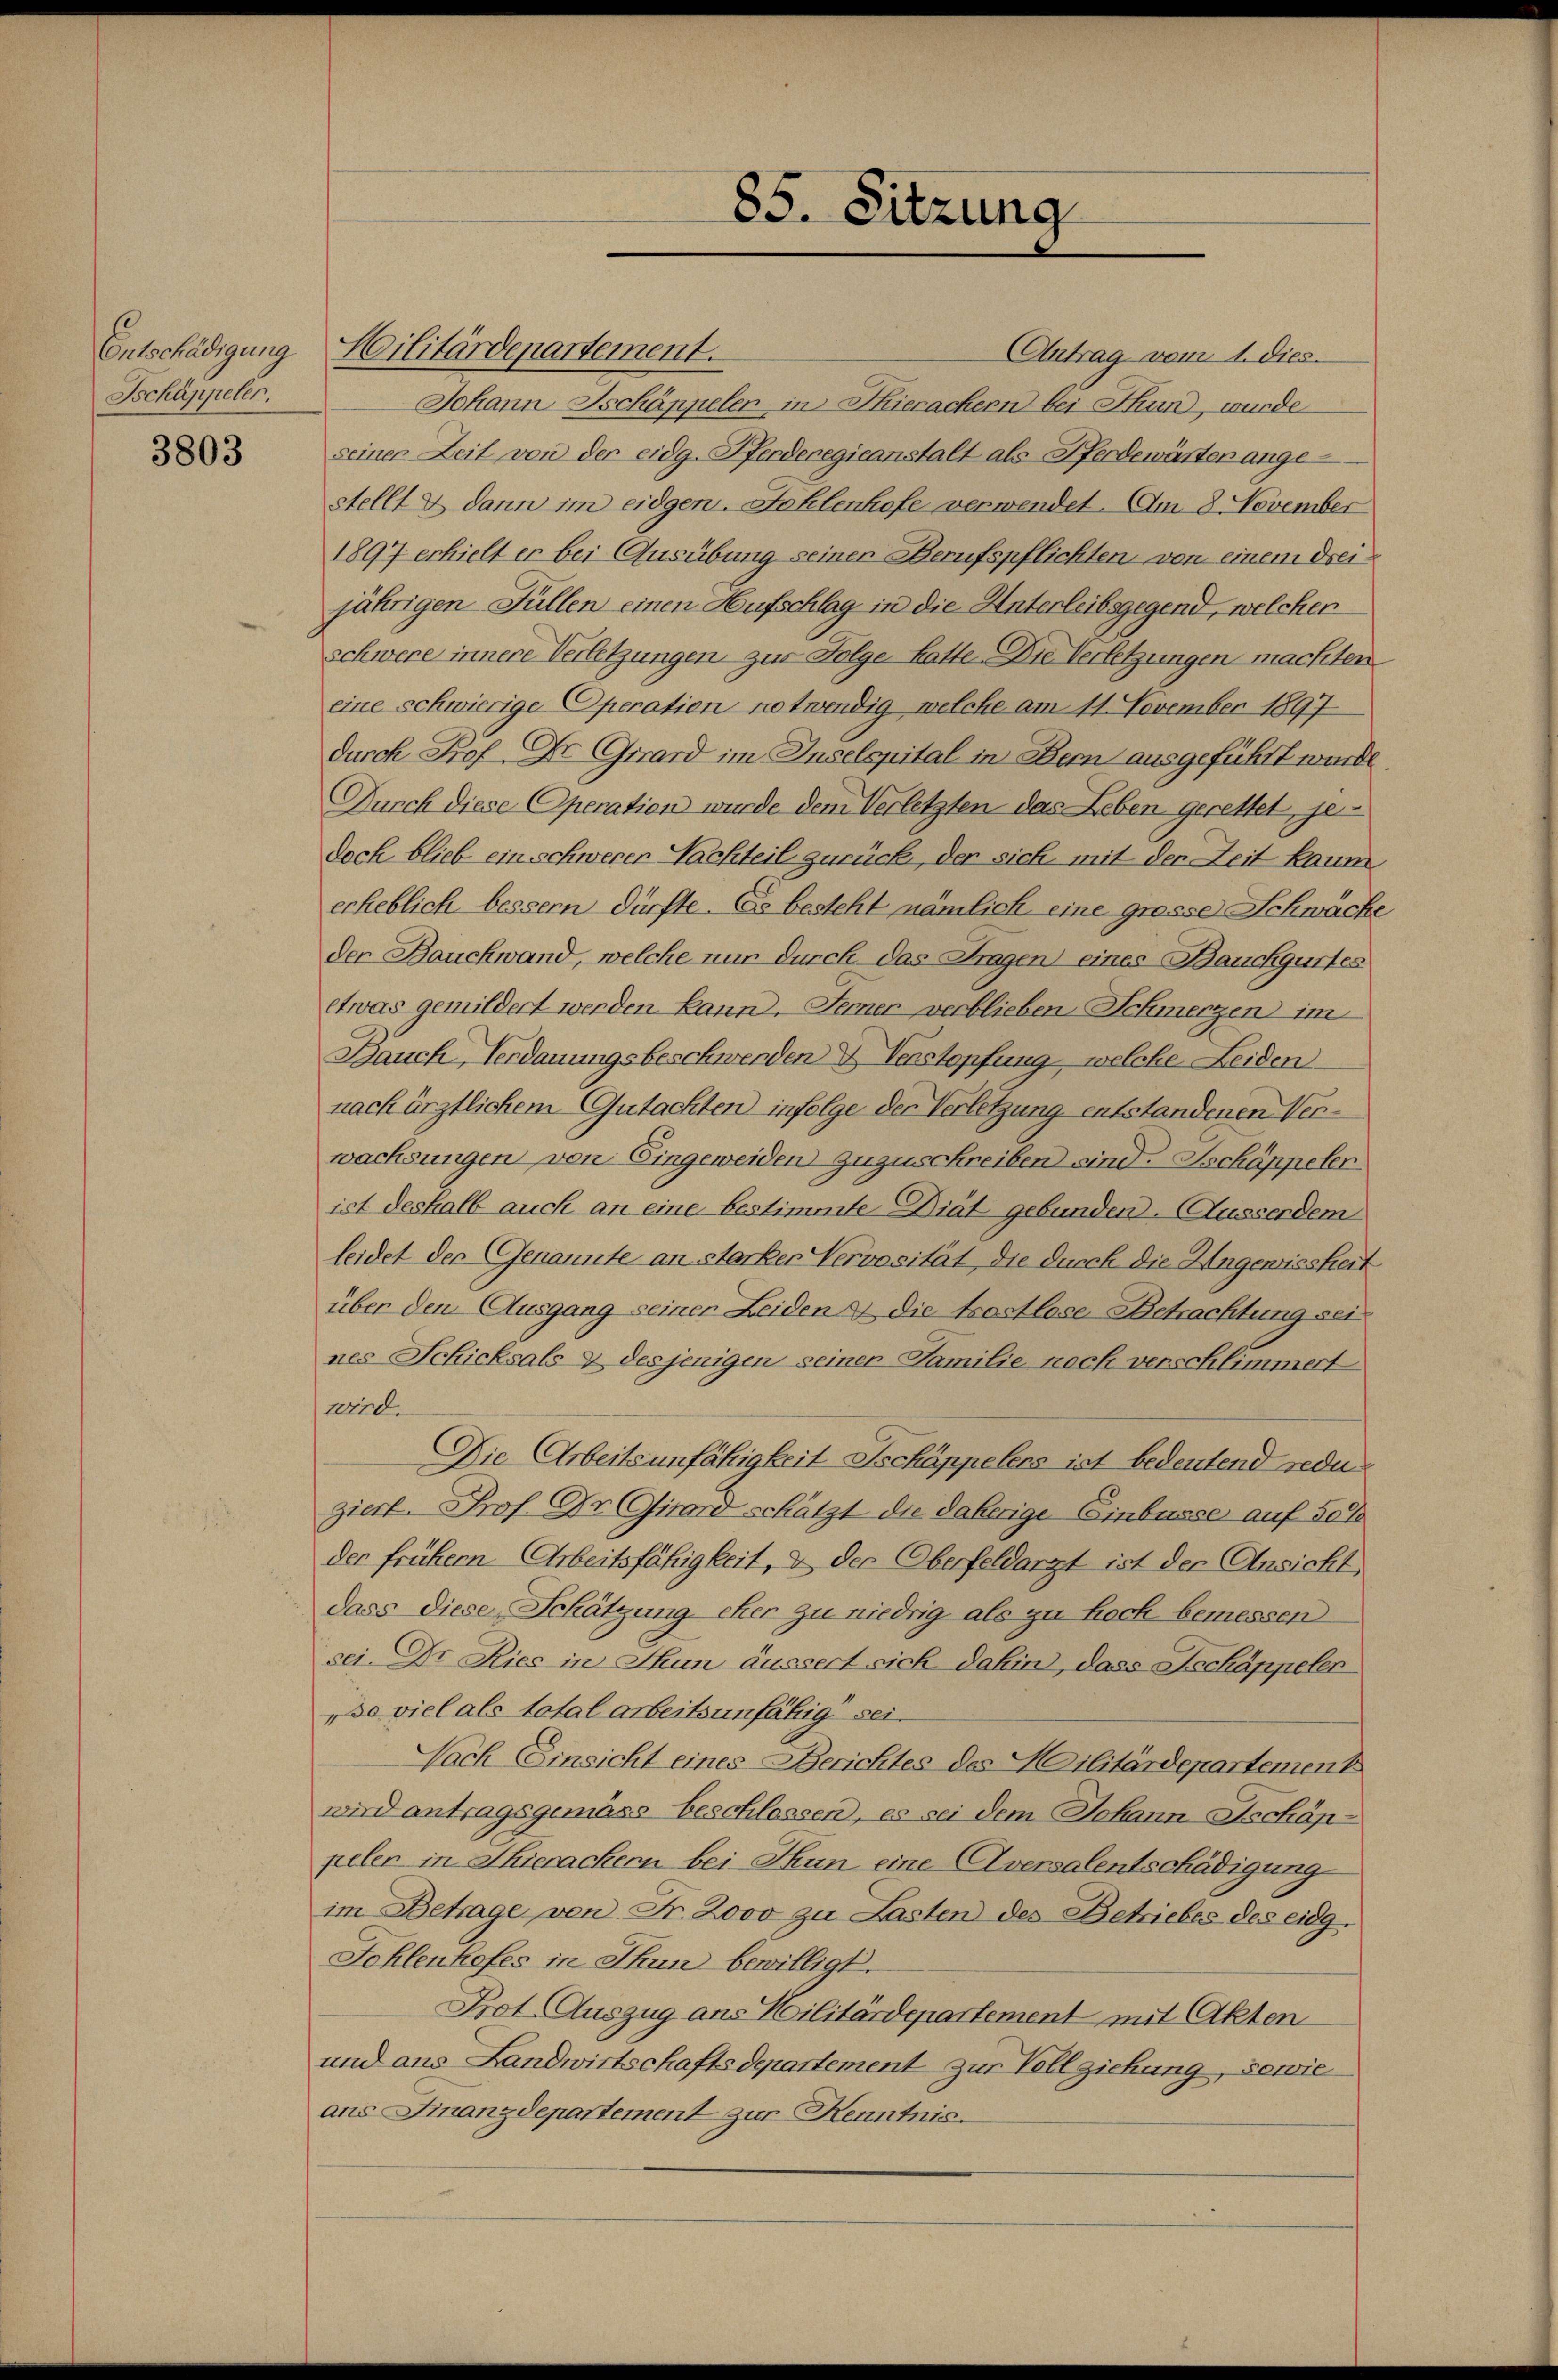
Entschädigung
Tschappeler.

3803

Antrag vom 1. Dies
Johann Ischäppelen in Thierachern bei Thun, wurde
seiner Zeit von der eidg. Pferderegieanstalt als Pferdewärter angestellt & dann im eidgen. Fohlenhofe verwendet. Am 8. November
1897 erhielt er bei Ausübung seiner Berufspflichten von einem dreijährigen Füllen einen Aufschlag in die Unterleibsgegend, welchen
schwere innere Verletzungen zur Folge hatte. Die Verletzungen machten
eine schwierige Operation notwendig welche am 11. November 1897
durch Prof. Dr Girard im Inselspital in Bern ausgeführt wurde.
Durch diese Operation wurde dem Verletzten das Leben gerettet, je
doch blieb ein schwerer Nachteil zurück, der sich mit den Zeit kaum
erheblich bessern dürfte. Es besteht nämlich eine grosse Schwache
der Bauchwand, welche nur durch das Fragen eines Bauckgürtes
etwas gemildert werden kann. Ferner verblieben Schmerzen im
Bauch, Verdauungsbeschwerden & Verstopfung, welche Leiden
nach ärztlichem Gutachten infolge der Verletzung entstandenen Verwachsungen von Eingeweiden zuzuschreiben sind. Schäppeler
ist deshalb auch an eine bestimmte Diät gebunden. Ausserdem
leidet der Genannte an starkes Vervosität, die durch die Ungewissheit
über den Ausgang seiner Leiden & die trostlose Betrachtung sei
nes Schicksals 4 desjenigen seiner Familie noch verschlimmert
wird.
Die Arbeitsunfähigkeit Ischäppelers ist bedeutend redu
ziert. Prof. Dr. Girard schätzt die daherige Einbusse auf seh
der frühem Arbeitsfähigkeit, & der Oberfeldarzt ist der Ansicht
dass diese Schätzung eher zu niedrig als zu hoch bemessen
sei. Dr Kies in Thun äussert sich dahin, dass Tschappelen
so viel als total arbeitsunfähig sei.
Nach Einsicht eines Berichtes des Militärdepartement
wird antragsgemäss beschlossen, es sei dem Johann Ascháppelen in Thierackern bei Thun eine Aversalentschädigung
im Betrage von Fr. 2ovo zu Lasten des Betriebes des eidg.
Fohlenkofes in Thun bewilligt.
Prot. Auszug aus Militärdepartement mit Akten
und aus Landwirtschaftsdepartement zur Vollziehung, sowie
ans Finanzdepartement zur Kenntnis.

Militärdepartement.

85. Sitzung